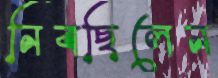
নিবছিলেন